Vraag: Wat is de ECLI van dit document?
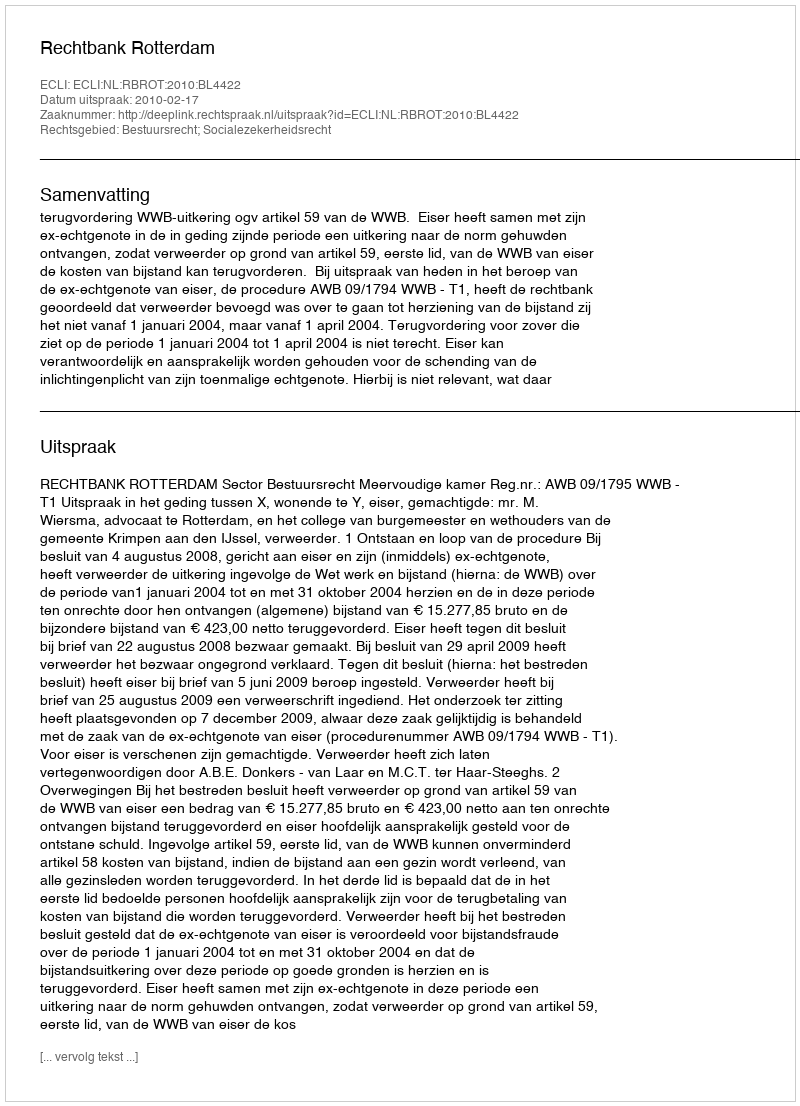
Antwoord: ECLI:NL:RBROT:2010:BL4422